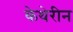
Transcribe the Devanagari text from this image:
केथेरीन